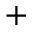
+